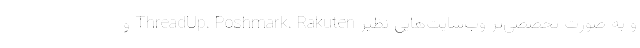
و به صورت تخصصی‌تر وب‌سایت‌هایی نظیر ThreadUp، Poshmark، Rakuten و